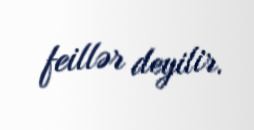
feillər deyilir.